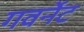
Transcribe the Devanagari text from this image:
गवर्नेट